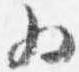
為